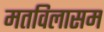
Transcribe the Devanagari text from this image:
मतविलासम